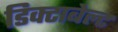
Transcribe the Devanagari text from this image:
डिक्टाबेल्ट